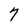
Character: 7